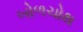
બોળચોથ